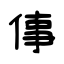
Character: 倳